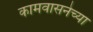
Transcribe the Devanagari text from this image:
कामवासनेच्या